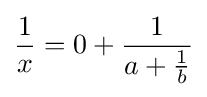
{\frac {1}{x}}=0+{\frac {1}{a+{\frac {1}{b}}}}